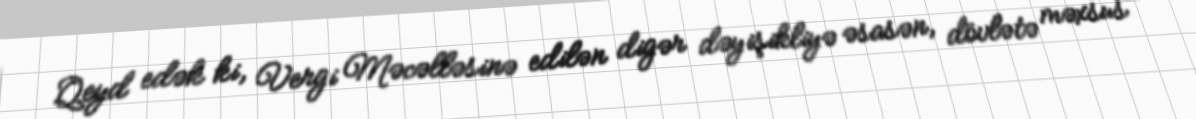
Qeyd edək ki, Vergi Məcəlləsinə edilən digər dəyişikliyə əsasən, dövlətə məxsus